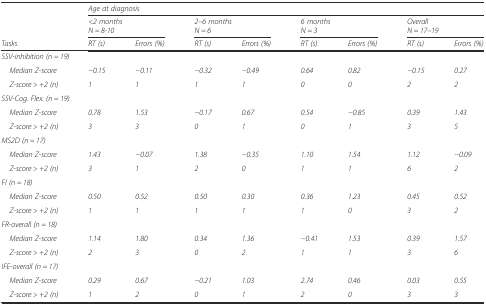
<table><thead><tr><td></td><td colspan="8"><b><i>Age at diagnosis</i></b></td></tr><tr><td></td><td colspan="2"><b><i>&lt;2 months</i><i>N = 8-10</i></b></td><td colspan="2"><b><i>2–6 months</i><i>N = 6</i></b></td><td colspan="2"><b><i>6 months</i><i>N = 3</i></b></td><td colspan="2"><b><i>Overall</i><i>N = 17–19</i></b></td></tr><tr><td><b><i>Tasks</i></b></td><td><b><i>RT (s)</i></b></td><td><b><i>Errors (%)</i></b></td><td><b><i>RT (s)</i></b></td><td><b><i>Errors (%)</i></b></td><td><b><i>RT (s)</i></b></td><td><b><i>Errors (%)</i></b></td><td><b><i>RT (s)</i></b></td><td><b><i>Errors (%)</i></b></td></tr></thead><tbody><tr><td colspan="9"><i>SSV-inhibition (n = 19)</i></td></tr><tr><td> <i>Median Z-score</i></td><td><i>−0.15</i></td><td><i>−0.11</i></td><td><i>−0.32</i></td><td><i>−0.49</i></td><td><i>0.64</i></td><td><i>0.82</i></td><td><i>−0.15</i></td><td><i>0.27</i></td></tr><tr><td> <i>Z-score &gt; +2 (n)</i></td><td><i>1</i></td><td><i>1</i></td><td><i>1</i></td><td><i>1</i></td><td><i>0</i></td><td><i>0</i></td><td><i>2</i></td><td><i>2</i></td></tr><tr><td colspan="9"><i>SSV-Cog. Flex. (n = 19)</i></td></tr><tr><td> <i>Median Z-score</i></td><td><i>0.78</i></td><td><i>1.53</i></td><td><i>−0.17</i></td><td><i>0.67</i></td><td><i>0.54</i></td><td><i>−0.85</i></td><td><i>0.39</i></td><td><i>1.43</i></td></tr><tr><td> <i>Z-score &gt; +2 (n)</i></td><td><i>3</i></td><td><i>3</i></td><td><i>0</i></td><td><i>1</i></td><td><i>0</i></td><td><i>1</i></td><td><i>3</i></td><td><i>5</i></td></tr><tr><td colspan="9"><i>MS2D (n = 17)</i></td></tr><tr><td> <i>Median Z-score</i></td><td><i>1.43</i></td><td><i>−0.07</i></td><td><i>1.38</i></td><td><i>−0.35</i></td><td><i>1.10</i></td><td><i>1.54</i></td><td><i>1.12</i></td><td><i>−0.09</i></td></tr><tr><td> <i>Z-score &gt; +2 (n)</i></td><td><i>3</i></td><td><i>1</i></td><td><i>2</i></td><td><i>0</i></td><td><i>1</i></td><td><i>1</i></td><td><i>6</i></td><td><i>2</i></td></tr><tr><td colspan="9"><i>FI (n = 18)</i></td></tr><tr><td> <i>Median Z-score</i></td><td><i>0.50</i></td><td><i>0.52</i></td><td><i>0.50</i></td><td><i>0.30</i></td><td><i>0.36</i></td><td><i>1.23</i></td><td><i>0.45</i></td><td><i>0.52</i></td></tr><tr><td> <i>Z-score &gt; +2 (n)</i></td><td><i>1</i></td><td><i>1</i></td><td><i>1</i></td><td><i>1</i></td><td><i>1</i></td><td><i>0</i></td><td><i>3</i></td><td><i>2</i></td></tr><tr><td colspan="9"><i>FR-overall (n = 18)</i></td></tr><tr><td> <i>Median Z-score</i></td><td><i>1.14</i></td><td><i>1.80</i></td><td><i>0.34</i></td><td><i>1.36</i></td><td><i>−0.41</i></td><td><i>1.53</i></td><td><i>0.39</i></td><td><i>1.57</i></td></tr><tr><td> <i>Z-score &gt; +2 (n)</i></td><td><i>2</i></td><td><i>3</i></td><td><i>0</i></td><td><i>2</i></td><td><i>1</i></td><td><i>1</i></td><td><i>3</i></td><td><i>6</i></td></tr><tr><td colspan="9"><i>IFE-overall (n = 17)</i></td></tr><tr><td> <i>Median Z-score</i></td><td><i>0.29</i></td><td><i>0.67</i></td><td><i>−0.21</i></td><td><i>1.03</i></td><td><i>2.74</i></td><td><i>0.46</i></td><td><i>0.03</i></td><td><i>0.55</i></td></tr><tr><td> <i>Z-score &gt; +2 (n)</i></td><td><i>1</i></td><td><i>2</i></td><td><i>0</i></td><td><i>1</i></td><td><i>2</i></td><td><i>0</i></td><td><i>3</i></td><td><i>3</i></td></tr></tbody></table>